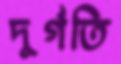
দুর্গতি